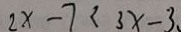
2 x - 7 < 3 x - 3